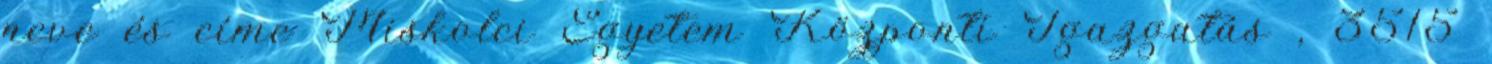
neve és címe Miskolci Egyetem Központi Igazgatás , 3515